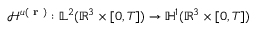
\mathcal { H } ^ { \boldsymbol { u } ( \textbf { r } ) } : \mathbb { L } ^ { 2 } ( \mathbb { R } ^ { 3 } \times [ 0 , T ] ) \rightarrow \mathbb { H } ^ { 1 } ( \mathbb { R } ^ { 3 } \times [ 0 , T ] )